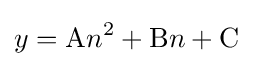
y={\textrm {A}}n^{2}+{\textrm {B}}n+{\textrm {C}}